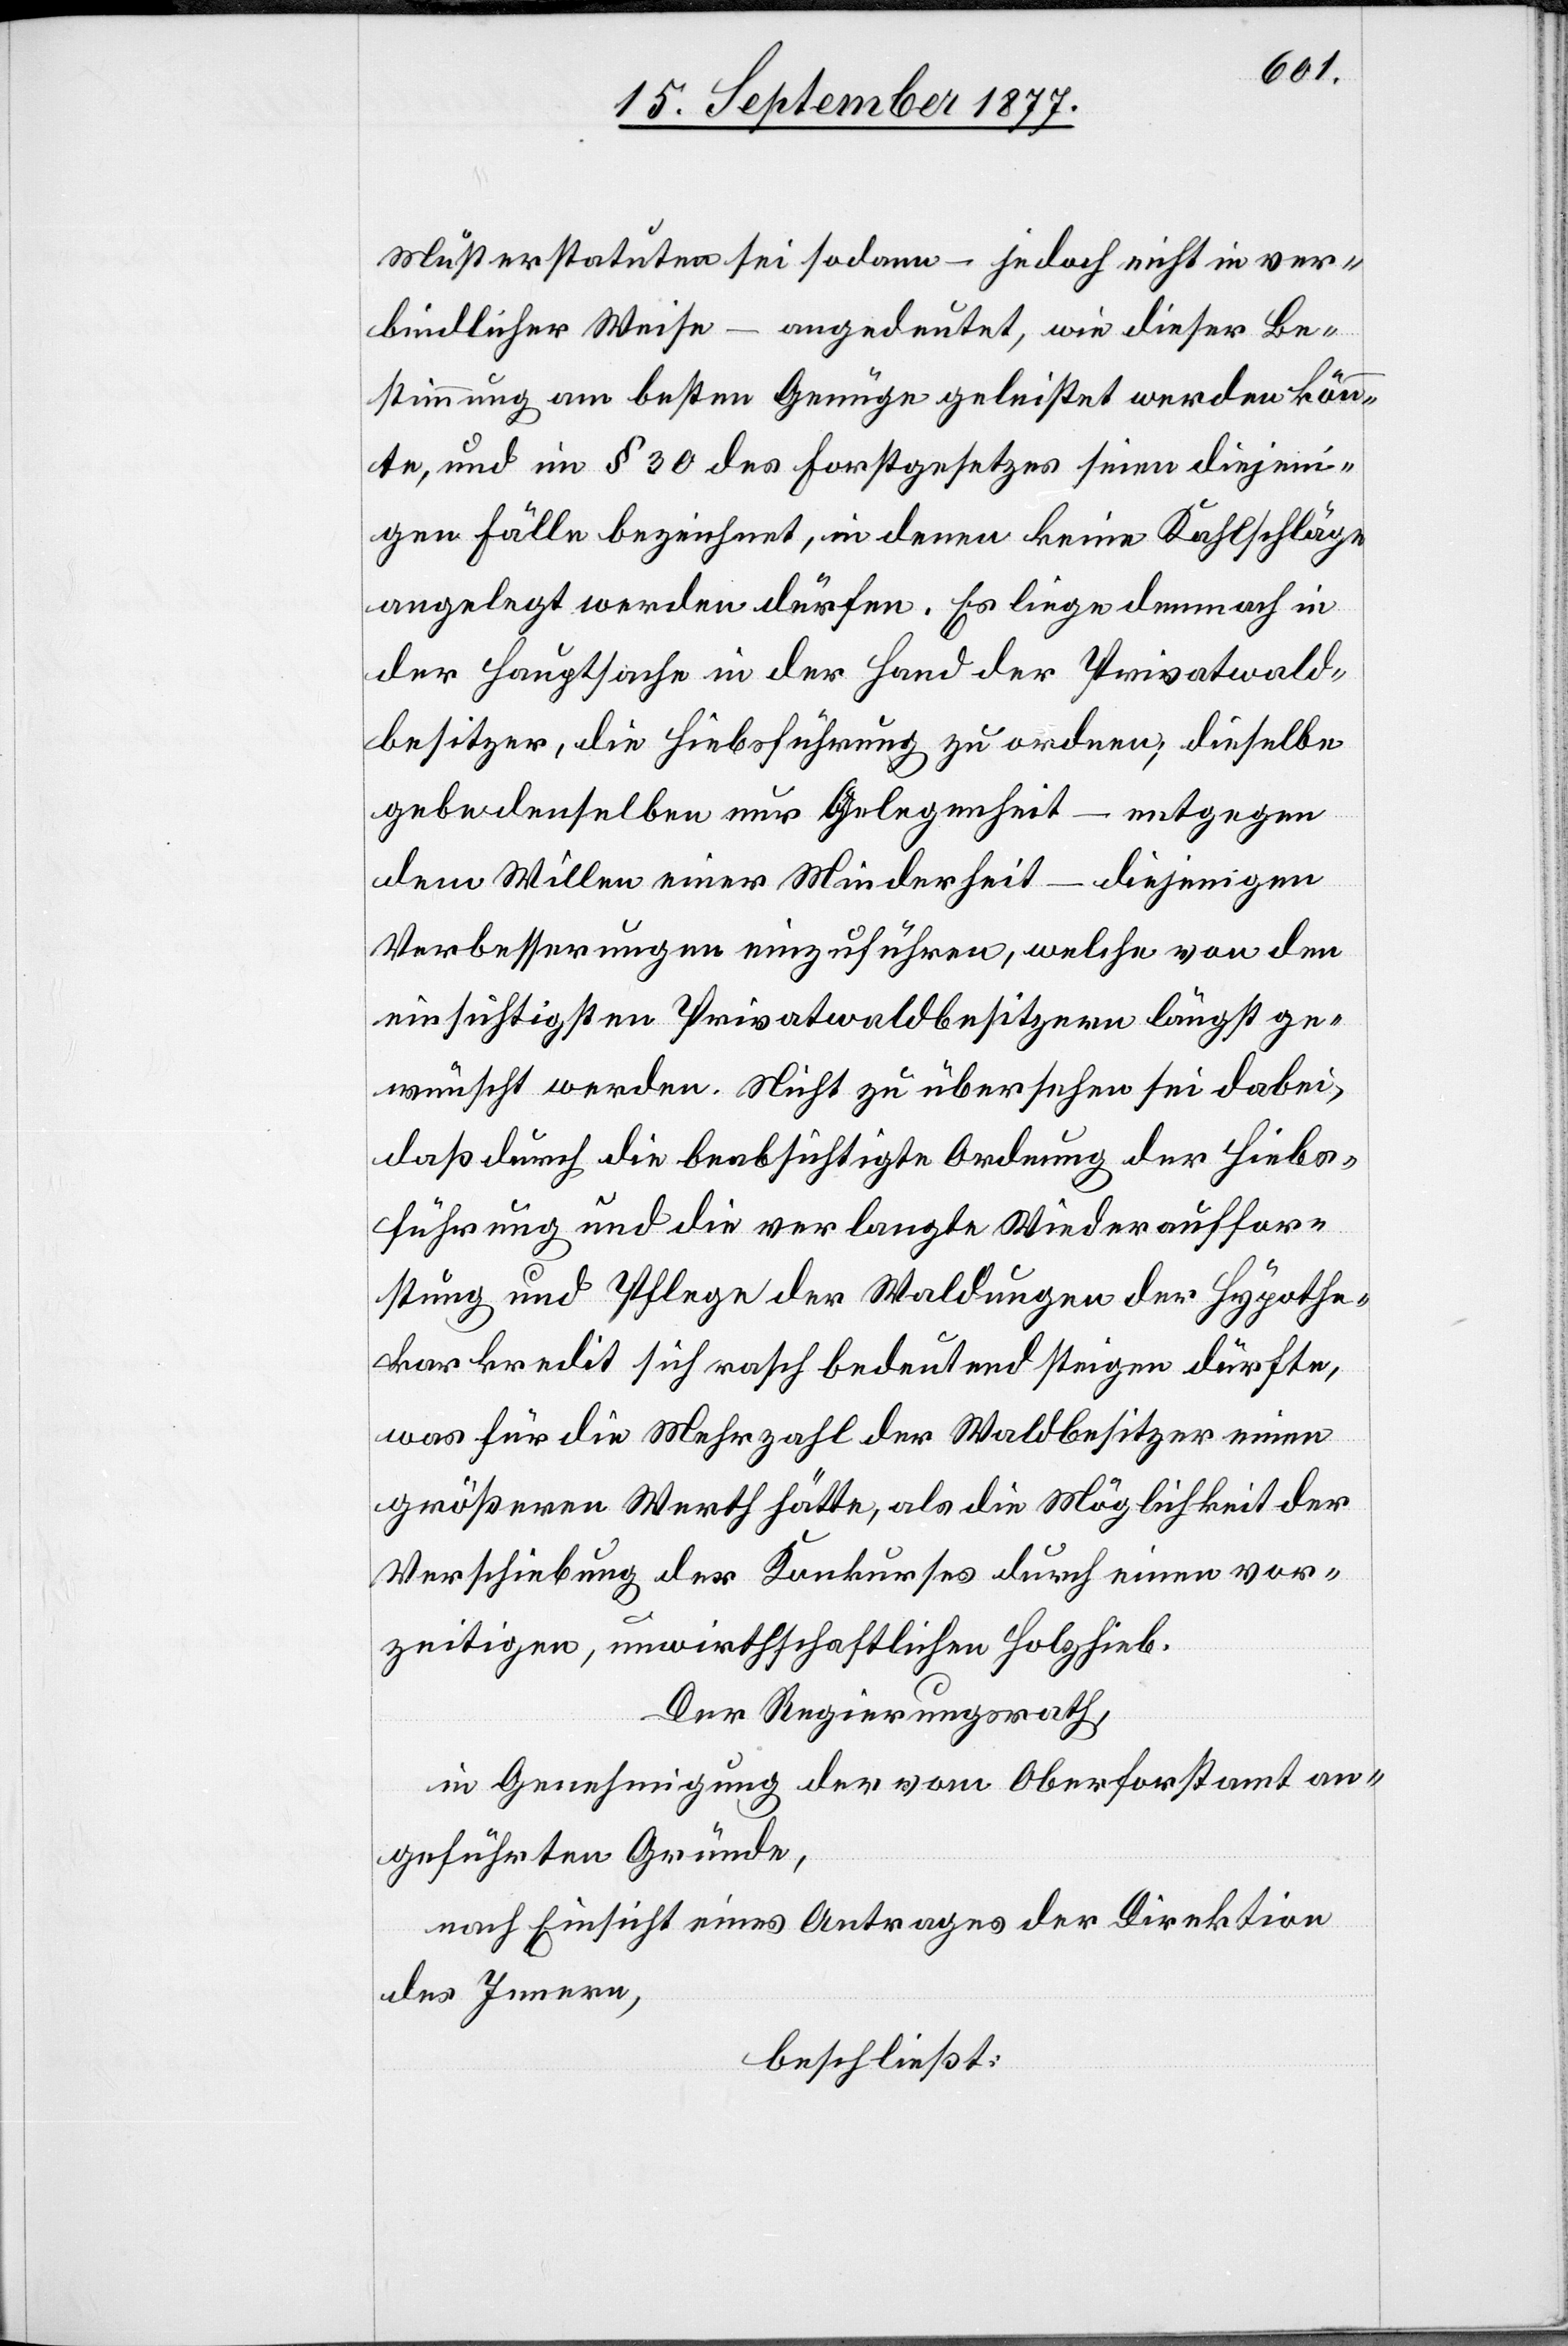
Musterstatuten sei sodann – jedoch nicht in ver¬
bindlicher Weise – angedeutet, wie dieser Be¬
stimmung am besten Genüge geleistet werden könn¬
te, und im § 30 des Forstgesetzes seien diejeni¬
gen Fälle bezeichnet, in denen keine Kahlschläge
angelegt werden dürfen. Es liege demnach in
der Hauptsache in der Hand der Privatwald¬
besitzer, die Hiebsführung zu ordnen; dieselbe
gebe denselben nur Gelegenheit – entgegen
dem Willen einer Minderheit – diejenigen
Verbesserungen einzuführen, welche von den
einsichtigsten Privatwaldbesitzern längst ge¬
wünscht werden. Nicht zu übersehen sei dabei,
daß durch die beabsichtigte Ordnung der Hiebs¬
führung und die verlangte Wiederauffor¬
stung und Pflege der Waldungen der Hypothe¬
karkredit sich rasch bedeutend steigen dürfte,
was für die Mehrzahl der Waldbesitzer einen
größeren Werth hätte, als die Möglichkeit der
Verschiebung des Konkurses durch einen vor¬
zeitigen, unwirthschaftlichen Holzhieb.
Der Regierungsrath,
in Genehmigung der vom Oberforstamt an¬
geführten Gründe,
nach Einsicht eines Antrages der Direktion
des Innern,
beschließt: